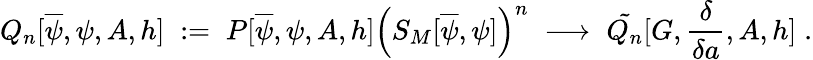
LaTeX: Q_{n}[\overline{{{\psi}}},\psi,A,h]\; :=\; P[\overline{{{\psi}}},\psi,A,h]\Big(S_{M}[\overline{{{\psi}}},\psi]\Big)^{n}\; \longrightarrow\; \tilde{Q_{n}}[G,\frac{\delta}{\delta a},A,h]\; .